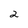
Character: 2